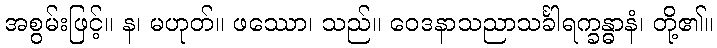
အစွမ်းဖြင့်။ န၊ မဟုတ်။ ဖဿော၊ သည်။ ဝေဒနာသညာသင်္ခါရက္ခန္ဓာနံ၊ တို့၏။